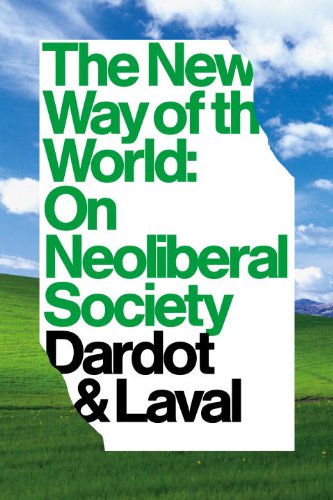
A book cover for The New Way Of The World: On Neoliberal Society; Pierre Dardot; Business & Money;